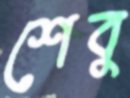
শেবু